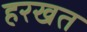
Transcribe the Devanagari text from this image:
हरखत